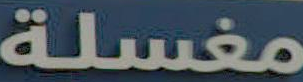
مغسلة